Leaving Certificate Examination (including Day School Certificate (Higher) General paper), 1936
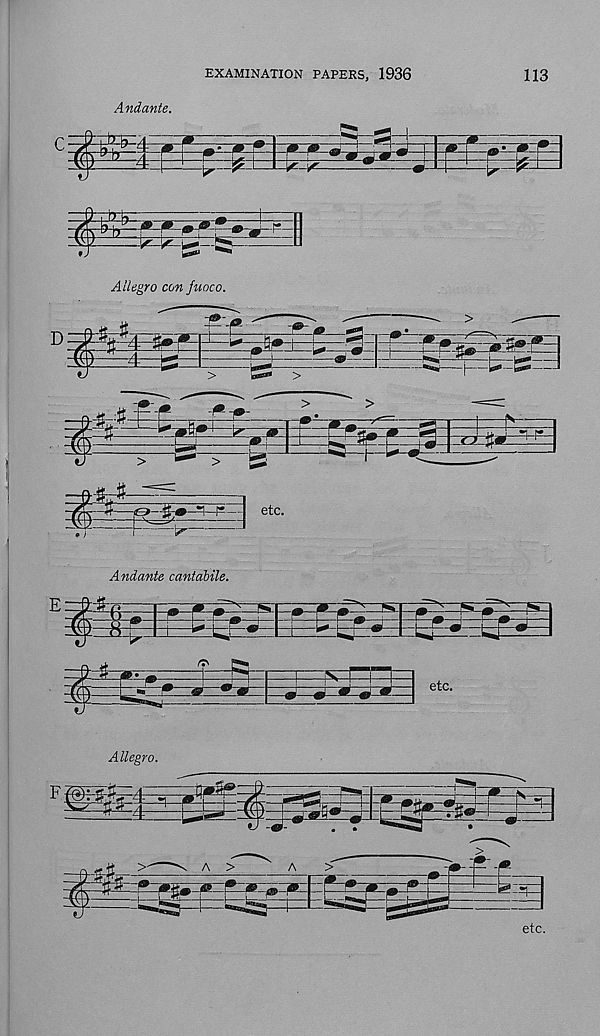
EXAMINATION PAPERS, 1936
113
Andante.
"W~*:
!*-
:^=
Allegro con juoco.
Allegro.